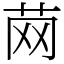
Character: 䒽